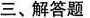
三、解答题